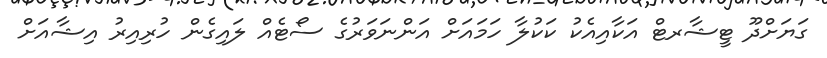
ގަޔަށްދޫ ޓީޝާރޓް އަކާއިއެކު ކަކުލާ ހަމައަށް އަންނަވަރުގެ ސޯޓެއް ލައިގެން ހުރިއިރު އިޝާއަށް